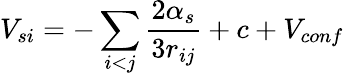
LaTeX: V_{si}=-\sum_{i<j}{\frac{2\alpha_{s}}{3r_{ij}}}+c+V_{conf}